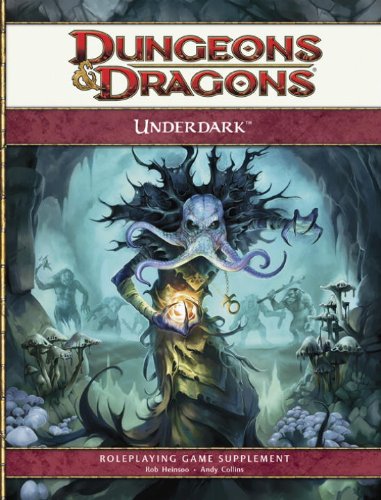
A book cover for Dungeons & Dragons: Underdark; Rob Heinsoo; Science Fiction & Fantasy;